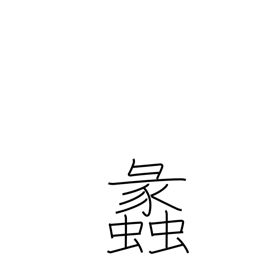
Meaning: conch